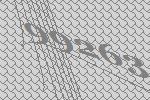
99263